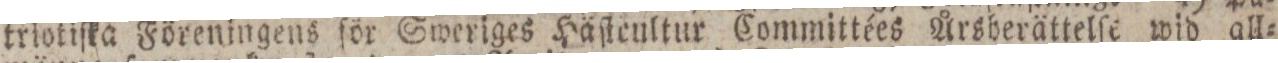
triotiſka Föreningens för Sweriges Häſtenltur Committées Årsberättelſe wid all=